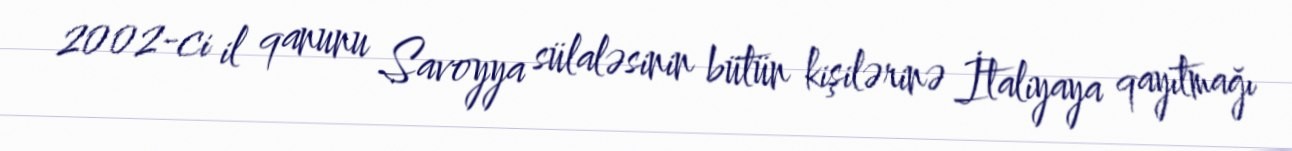
2002-ci il qanunu Savoyya sülaləsinin bütün kişilərinə İtaliyaya qayıtmağı